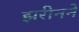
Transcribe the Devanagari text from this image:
झरीनने